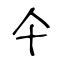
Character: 仐